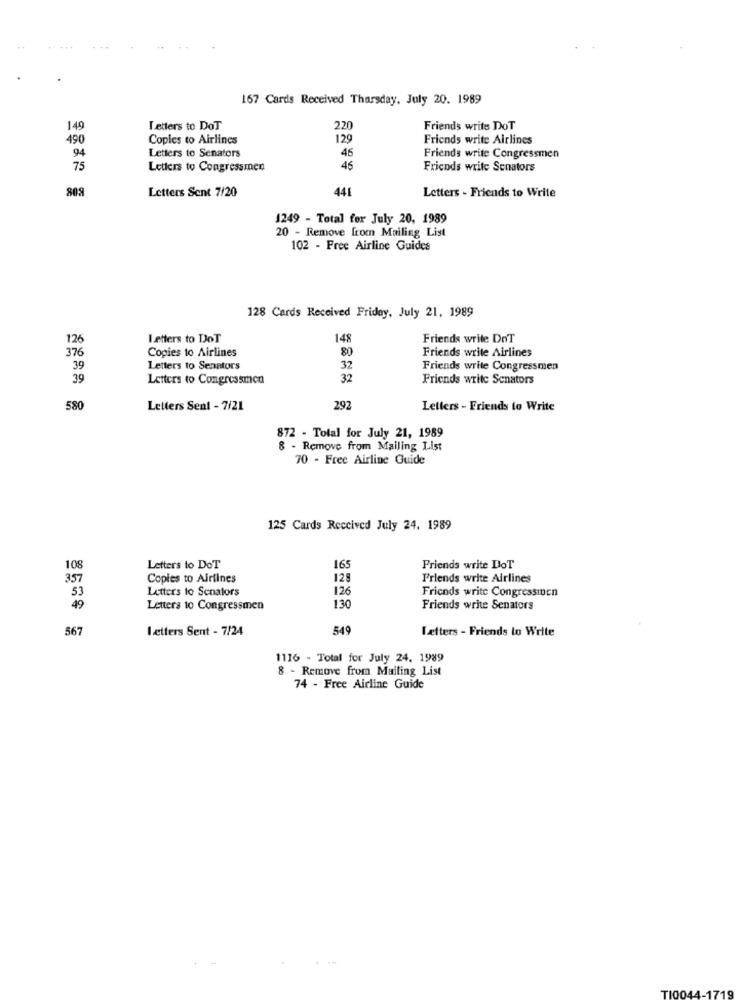
167 Cards Received Thursday, July 20. 1989
149
Letters to DoT
220
Friends write DoT
490
Copies to Airlines
129
Friends write Airlines
94
Letters to Senators
46
Friends write Congressmen
75
Letters to Congressmen
46
Friends write Senators
809
Letters Sent 7/20
441
Letters - Friends to Write
1249 - Total for July 20, 1989
20 - Remove from Mailing List
102 - Free Airline Guides
128 Cards Received Friday, July 21, 1989
126
Letters to DoT
148
Friends write DoT
376
Copies to Airlines
80
Friends write Airlines
39
Letters to Senators
32
Friends write Congressmen
39
Letters to Congressmen
32
Friends write Senators
580
Letters Sent - 7/21
292
Letters - Friends to Write
872 - Total for July 21, 1989
8 - Remove from Mailing List
70 - Free Airline Guide
125 Cards Received July 24. 1989
108
Letters to DoT
165
Friends write DoT
357
Copies to Airlines
128
Friends write Airlines
Letters to Senators
126
Friends write Congressmen
53
49
Letters to Congressmen
130
Friends write Senators
567
Letters Sent - 7/24
549
Letters - Friends to Write
1116 - Total for July 24, 1989
8 - Remove from Mailing List
74 - Free Airline Guide